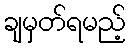
ချမှတ်ရမည့်